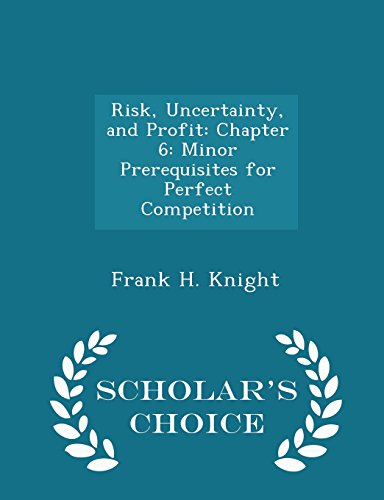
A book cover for Risk, Uncertainty, and Profit: Chapter 6: Minor Prerequisites for Perfect Competition - Scholar's Choice Edition; Frank H. Knight; Business & Money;